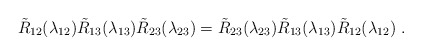
\begin{align*}\tilde{R}_{12}(\lambda_{12})\tilde{R}_{13}(\lambda _{13})\tilde{R}_{23}(\lambda_{23})=\tilde{R}_{23}(\lambda_{23})\tilde{R}_{13}(\lambda _{13})\tilde{R}_{12}(\lambda_{12})\ .\end{align*}